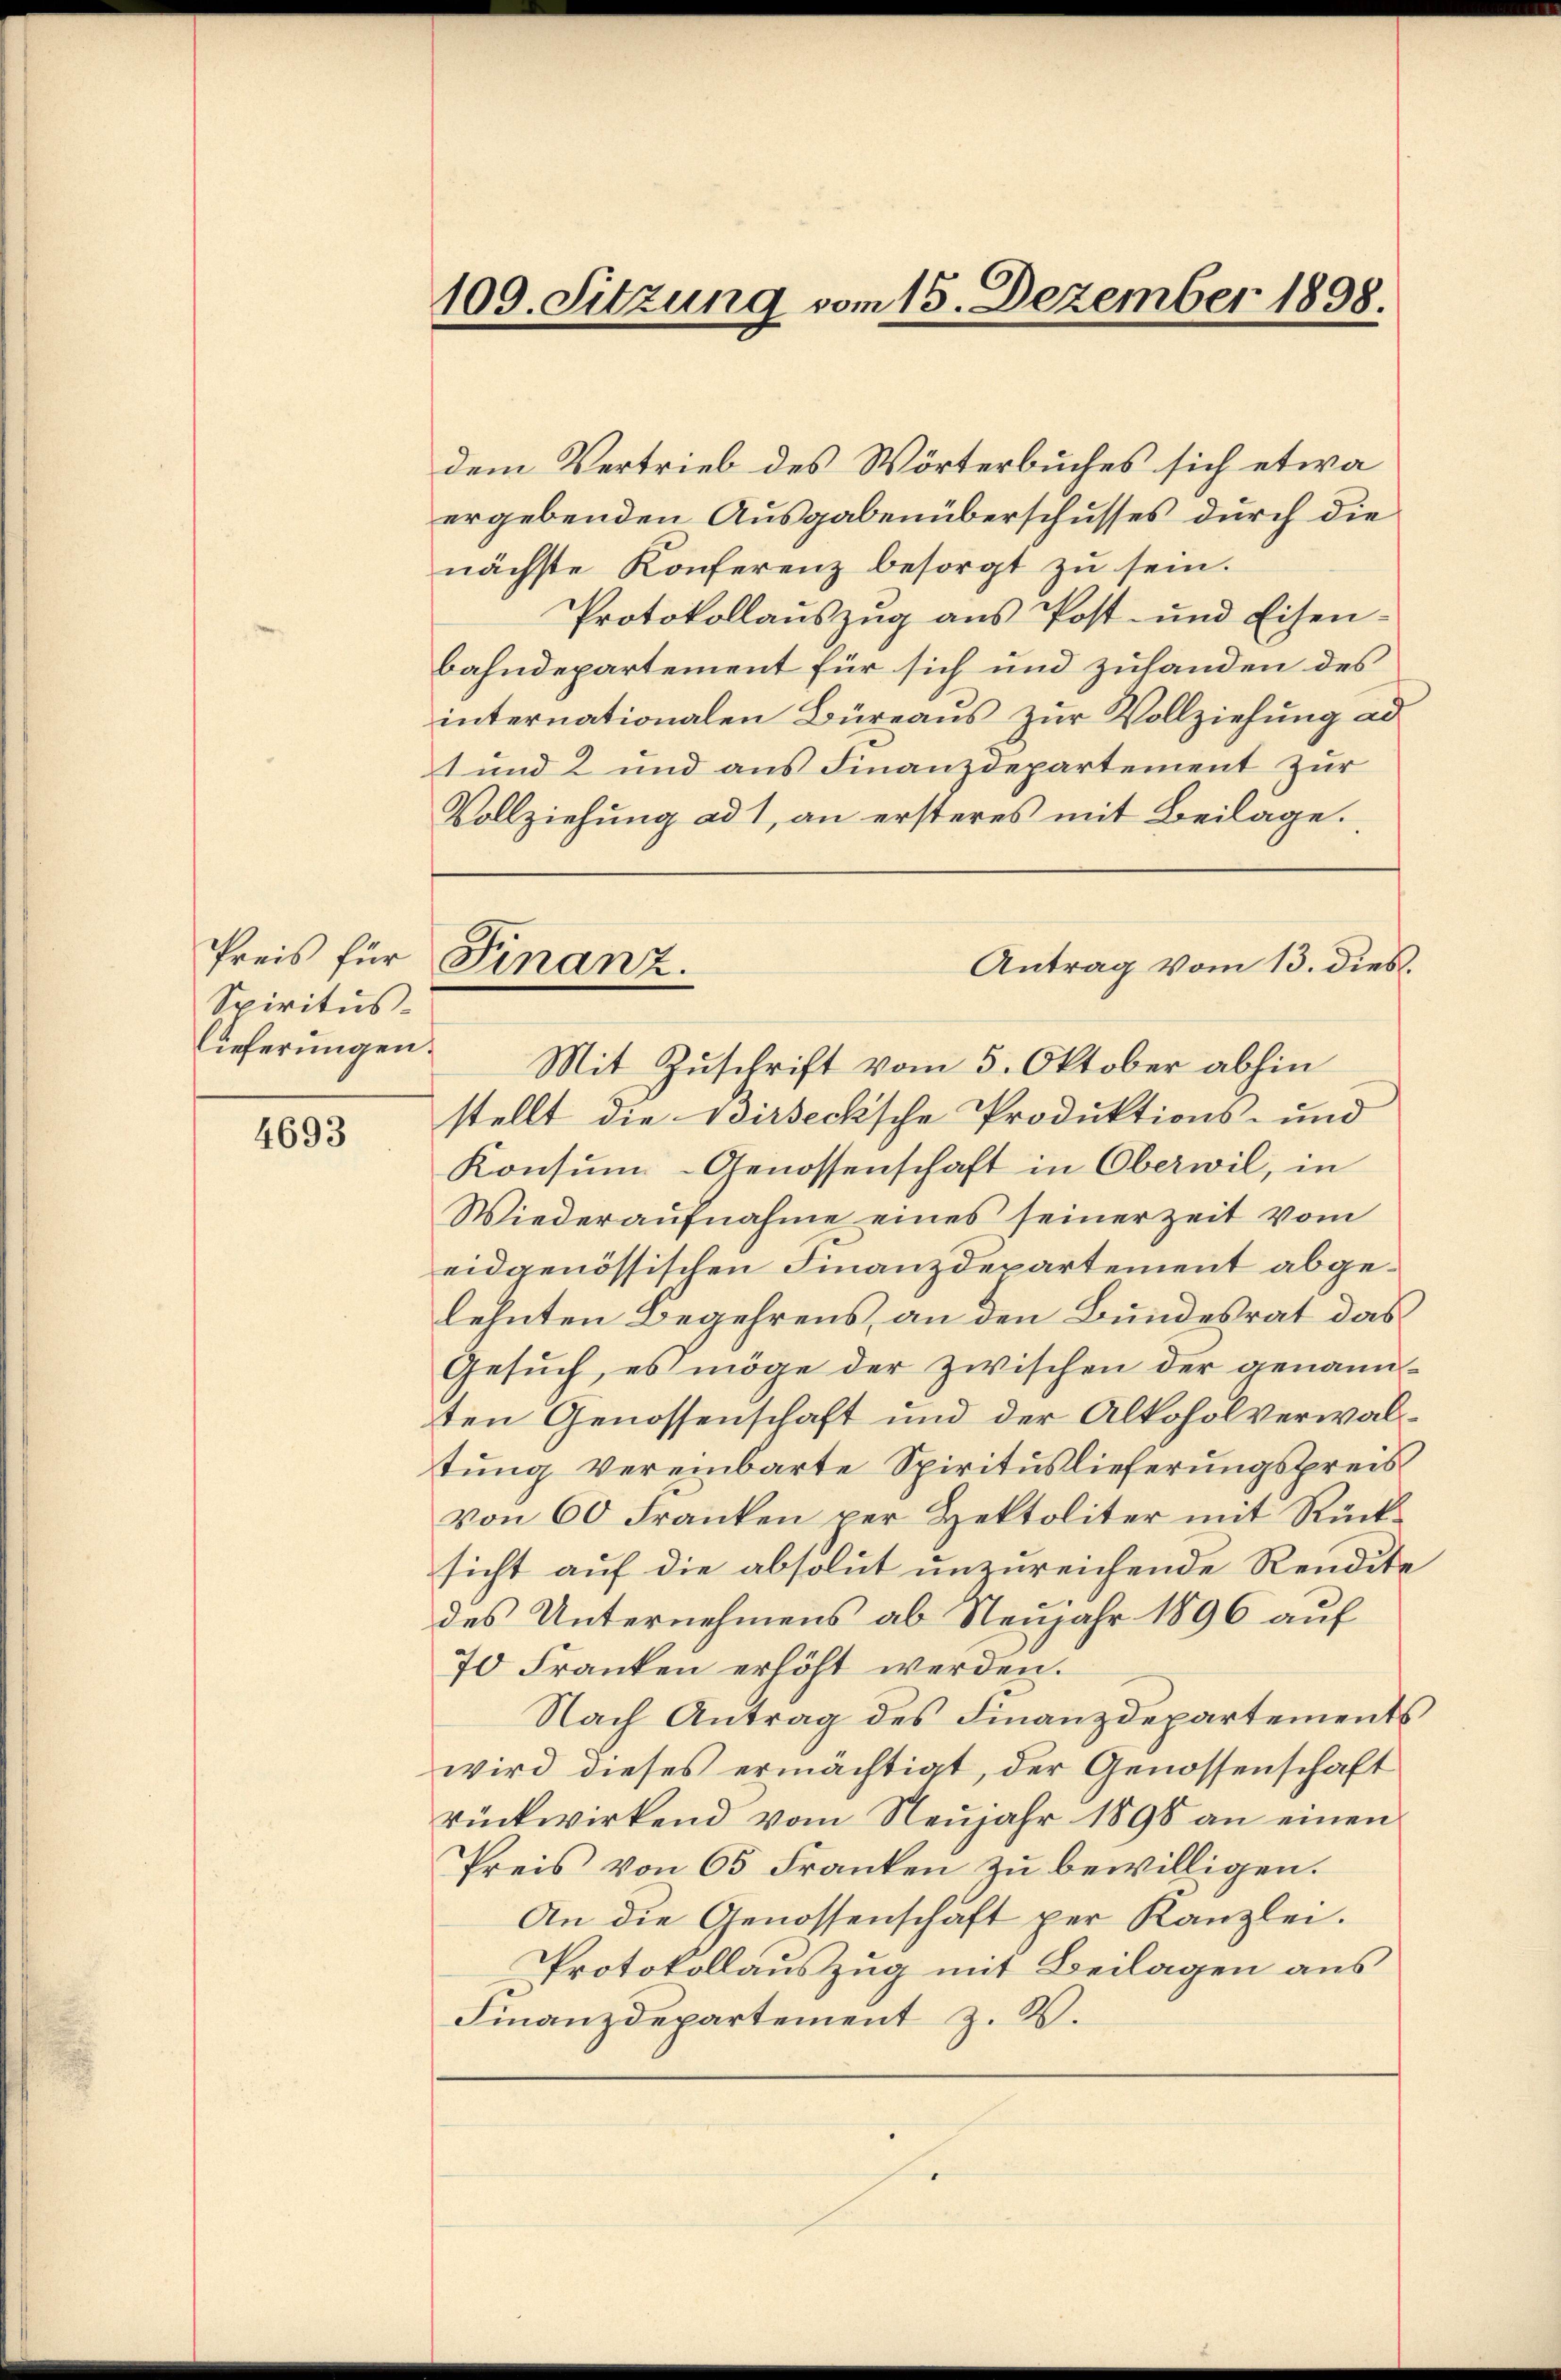
Preis für
Spiritus.

4693

109. Sitzung vom 15. Dezember 1898.

Finanz.

dem Vertrieb des Wörterbuches sich etwa
ergebenden Ausgabenüberschusses durch die
nächste Konferenz besorgt zu sein.
Protokollauszug aus Post- und Eisenbahndepartement für sich und zuhanden des
internationalen Büreaus zur Vollziehung ad
t und 2 und aus Finanzdepartement zur
Vollziehung ad 1, an ersteres mit Beilage.
Antrag vom 13. dieß.
lieferŭngen. Mit Zŭschrift vom 5. Oktober abhin
stellt die Birsecksche Produktions- und
Konsum-Genossenschaft in Oberwil, in
Wiederaufnahme eines seinerzeit vom
eidgenössischen Finanzdepartement abgelehnten Begehrens, an den Bundesrat das
Gesuch, es möge der zwischen der genannten Genossenschaft und der Alkoholverwaltung vereinbarte Spirituslieferungspreis
von 60 Franken per Hektoliter mit Rücksicht auf die absolut unzureichende Rendite
des Unternehmens ab Neujahr 1896 auf
70 Franken erhöht werden.
Nach Antrag des Finanzdepartements
wird dieses ermächtigt, der Genossenschaft
rückwirkend vom Neujahr 1898 an einen
Preis von 65 Franken zu bewilligen.
An die Genossenschaft per Kanzlei.
Protokollauszug mit Beilagen aus
Finanzdepartement z. B.